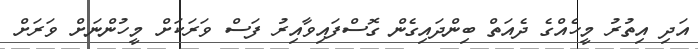
އަދި އިތުރު މީހެއްގެ ދެއަތް ބިންދައިގެން ގޮސްފައިވާއިރު ފަސް ވަރަކަށް މީހުންނަށް ވަރަށް